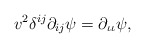
\begin{align*} v^2 \delta^{i j} \partial_{i j} \psi = \partial_{\iota \iota}\psi,\end{align*}